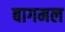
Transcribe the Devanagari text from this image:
बागमल